Annual administration report of the Civil Veterinary Department of India - 1901-1902
Year: 1901
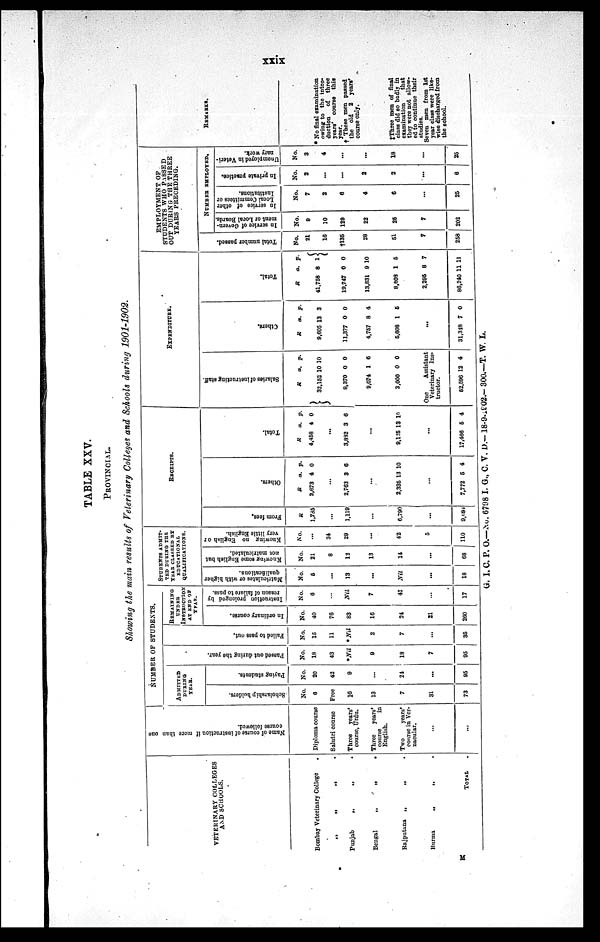
xxix
TABLE XXV.
PROVINCIAL.
Showing the main results of Veterinary Colleges and Schools during 1901-1902.
VETERINARY COLLEGES
AND SCHOOLS.
Bombay Veterinary College
.
„ „ „ .
Punjab
„
„ .
Bengal
„
„
.
Rajputana
„
„
.
Burma
„
„
.
TOTAL .
Name of course of instruction if more than one
course followed.
Diploma course
Salutri course
Three
years'
course, Urdu.
Three
years'
course
in
English.
Two
years'
course in Ver-
nacular.
...
...
NUMBER OF STUDENTS.
ADMITTED
DURING
YEAR.
Scholarship holders.
No.
6
Free
16
13
7
31
73
Paying students.
No.
20
42
9
...
24
...
95
Pas s ed out dur i ng the year.
No.
18
43
*Nil
9
18
7
95
Fai l
ed to pass out.
No.
15
11
*Nil
2
7
...
35
REMAINING
UNDER
INSTRUCTION
AT END OF
YEAR.
In ordinary course.
No.
40
76
83
16
24
21
260
Instruction prolonged by
reason of failure to pass.
No.
6
...
Nil
7
41
...
17
STUDENTS
ADMIT-
---
DURING THE
YEAR CLASSED BY
EDUCATIONAL
QUALIFICATIONS.
Matriculates or with higher
qualifications.
No.
5
...
13
...
Nil
...
18
Knowing some English but
not matriculated.
No.
21
8
12
13
14
...
68
Knowing no English or
very little English.
No.
...
34
29
...
42
5
110
RECEIPTS.
From fees.
R
1,785
...
1,119
...
6,790
...
9,694
Ot her s.
R
2,673
a.
4
p.
0
...
2,763 3 6
...
2,335 13 10
...
7,772 5 4
Total.
R
4,458
a.
4
p.
0
...
3,882 3 6
...
9,125 13 10
...
17,466 5
4
EXPENDITURE.
Salaries of i
ns t
r uct i
ng staff.
R
32,152
8,370
9,074
3,000
a.
10
0
1
0
p.
10
0
6
0
One
Assistant
Veterinary Ins¬
tructor.
52,596 12 4
Others.
R
9,605
11,377
4,757
5,608
a.
13
0
8
1
p.
3
0
4
5
...
31,348 7 0
Tot al .
R
41,758
19.747
13,831
8,608
2.295
86,240
a.
8
0
9
1
8
11
p.
1
0
10
5
7
11
EMPLOYMENT OF
STUDENTS WHO PASSED
OUT DURING THE THREE
YEARS PRECEDING.
Total number passed.
No.
21
16
†l35
28
51
7
258
NUMBER EMPLOYED.
In service of Govern-
ment or Local Boards.
No.
9
10
129
22
25
7
202
In service of other
Local Committees or
Institutions.
No.
7
2
6
4
6
...
25
In private practice.
No.
2
...
...
2
2
...
6
Unemployed in Veteri-
nary work.
No.
3
4
...
...
18
...
25
REMARKS.
* No final examination
owing to the intro-
duction
of three
years' course this
year.
† These men passed
the old 2 years*
course only.
‡Three men of final
class did so badly in
examination
that
they were not allow-
ed to continue their
studies.
Seven men from 1st
year class were like-
wise discharged from
the school.
G. I.C. P. O.—No. 6798 I. G., C. V. D.—18-9-1902.— 300.—T. W. L.
M